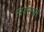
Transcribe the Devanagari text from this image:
लक्ष्मणो